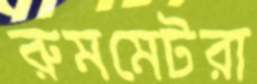
রুমমেটরা